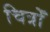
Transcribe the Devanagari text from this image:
चित्रोँ